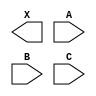
module sky130_fd_sc_hdll__xnor3 (
    X,
    A,
    B,
    C
);

    output X;
    input  A;
    input  B;
    input  C;

    // Voltage supply signals
    supply1 VPWR;
    supply0 VGND;
    supply1 VPB ;
    supply0 VNB ;

endmodule